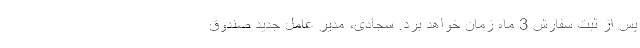
پس از ثبت سفارش 3 ماه زمان خواهد برد. سجادی، مدیر عامل جدید صندوق